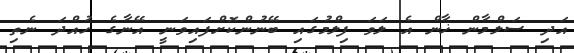
އަދި ސަލްމާން ޚާން އެ ލަވަ ފިލްމުގައި ބޭނުންކޮށްފައިވަނީ އޭނާގެ ހުއްދަ ނެތި